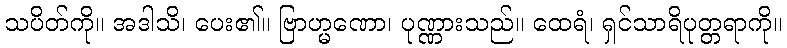
သပိတ်ကို။ အဒါသိ၊ ပေး၏။ ဗြာဟ္မဏော၊ ပုဏ္ဏားသည်။ ထေရံ၊ ရှင်သာရိပုတ္တရာကို။